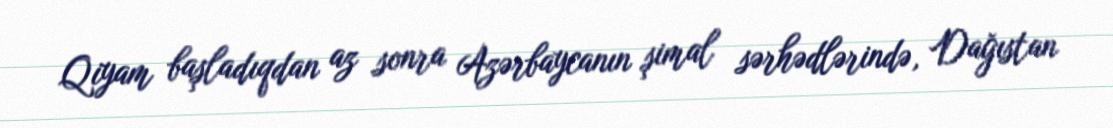
Qiyam başladıqdan az sonra Azərbaycanın şimal sərhədlərində, Dağıstan